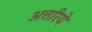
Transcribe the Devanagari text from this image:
अत्तरिये